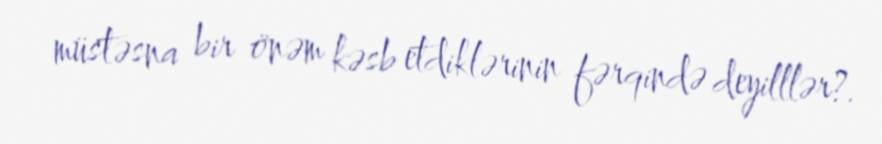
müstəsna bir önəm kəsb etdiklərinin fərqində deyilllər?.